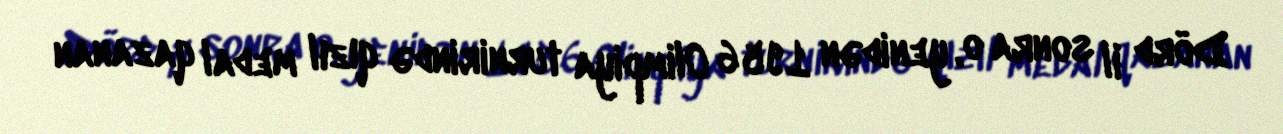
Dörd il sonra o, yenidən 1956 Olimpiya turnirində qızıl medal qazanan